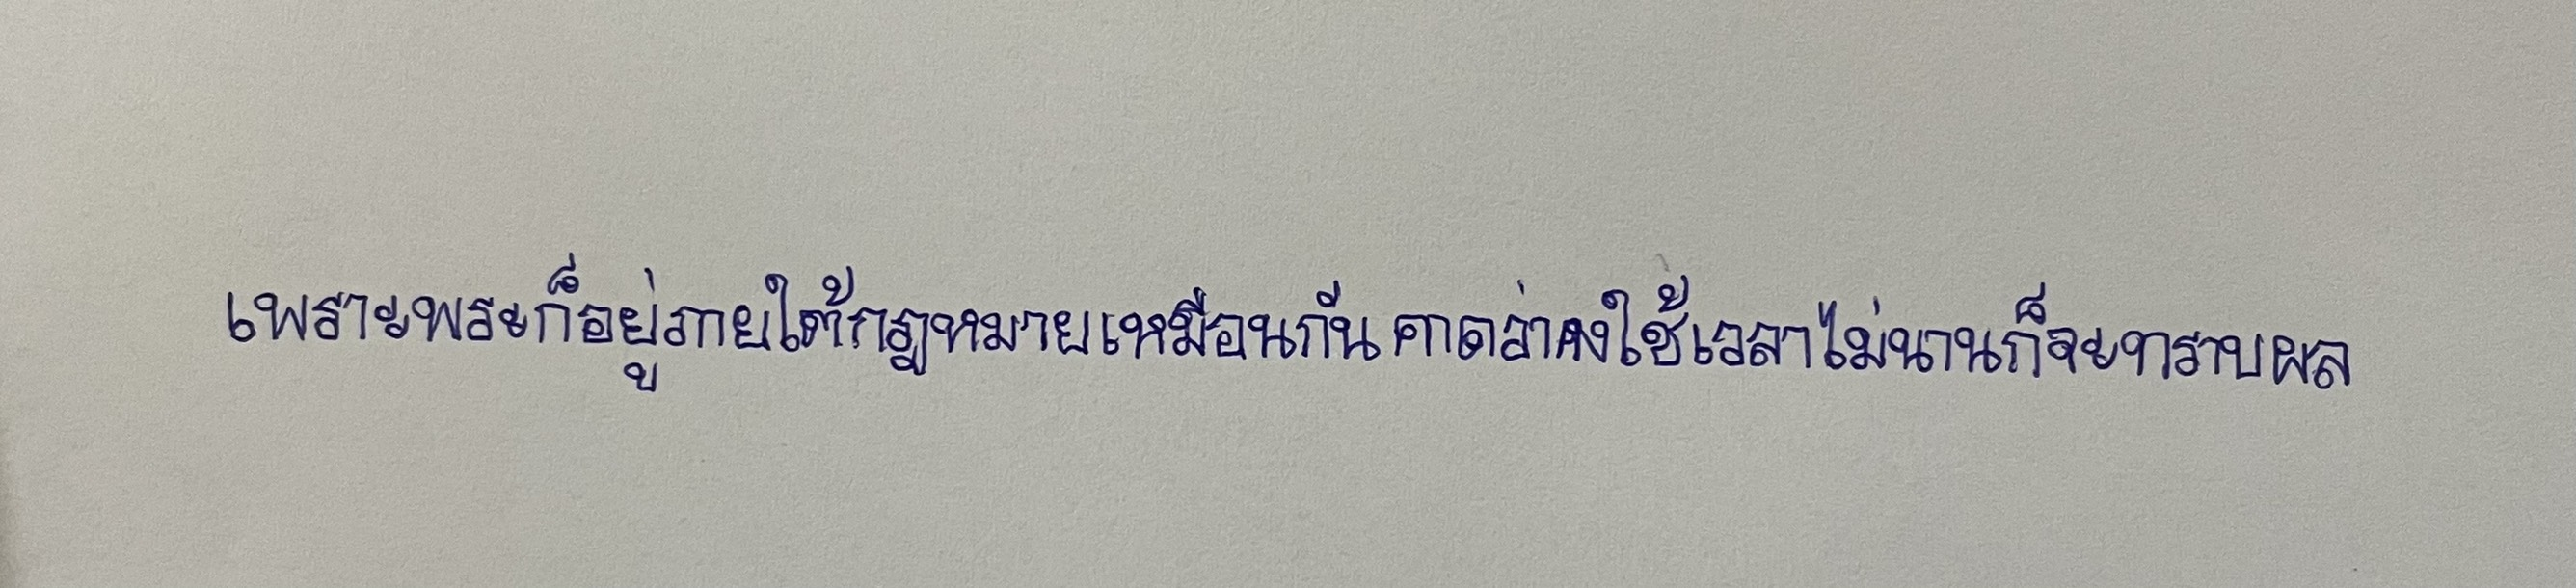
เพราะพระก็อยู่ภายใต้กฎหมายเหมือนกันคาดว่าคงใช้เวลาไม่นานก็จะทราบผล